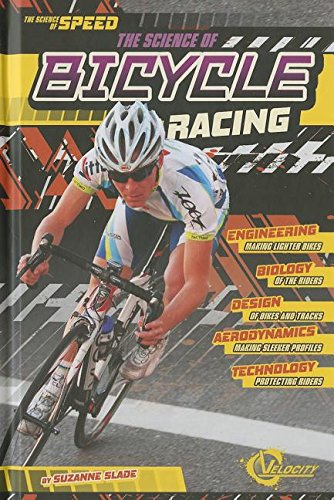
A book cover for The Science of Bicycle Racing (The Science of Speed); Suzanne Slade; Children's Books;